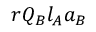
r Q _ { B } l _ { A } a _ { B }